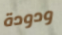
ودودة